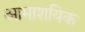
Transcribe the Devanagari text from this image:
आमाशयिक